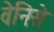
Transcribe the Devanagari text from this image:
वेनिसे